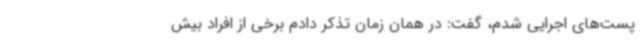
پست‌های اجرایی شدم، گفت: در همان زمان تذکر دادم برخی از افراد بیش